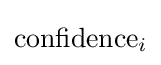
\mathrm {confidence} _{i}